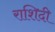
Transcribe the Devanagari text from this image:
राशिदी